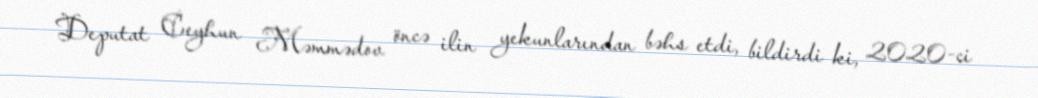
Deputat Ceyhun Məmmədov öncə ilin yekunlarından bəhs etdi, bildirdi ki, 2020-ci